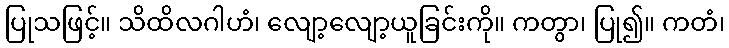
ပြုသဖြင့်။ သိထိလဂါဟံ၊ လျော့လျော့ယူခြင်းကို။ ကတွာ၊ ပြု၍။ ကတံ၊